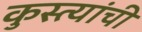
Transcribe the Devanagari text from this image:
कुस्त्यांची